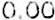
0.00